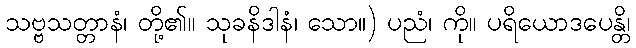
သဗ္ဗသတ္တာနံ၊ တို့၏။ သုခနိဒါနံ၊ သော။) ပညံ၊ ကို။ ပရိယောဒပေန္တိ၊